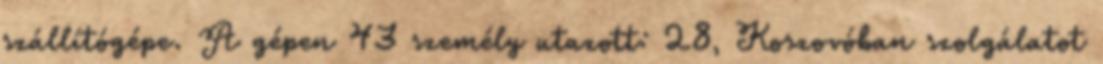
szállítógépe. A gépen 43 személy utazott: 28, Koszovóban szolgálatot